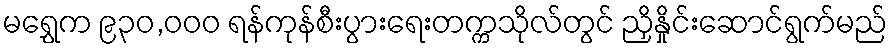
မရွှေက ၉၃၀,ဝဝဝ ရန်ကုန်စီးပွားရေးတက္ကသိုလ်တွင် ညှိနှိုင်းဆောင်ရွက်မည်